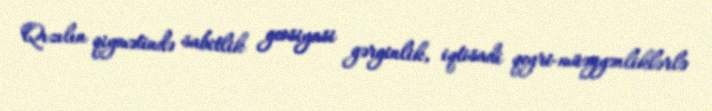
Qızılın qiymətində sabitlik geosiyasi gərginlik, iqtisadi qeyri-müəyyənliklərlə